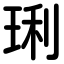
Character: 琍